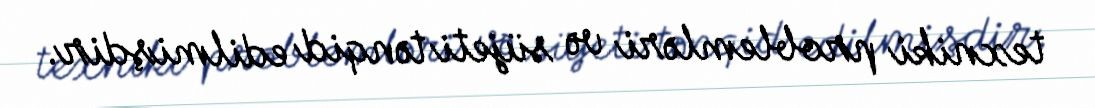
texniki problemləri və süjeti tənqid edilmişdir.